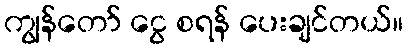
ကျွန်တော် ငွေ စရန် ပေးချင်တယ်။